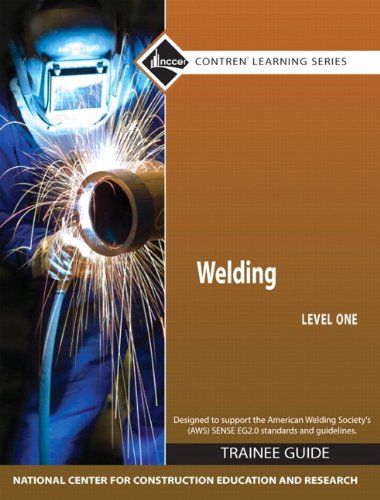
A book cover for Welding Level 1 Trainee Guide, Paperback (4th Edition) (Pearson Custom Library: Nccer Contrena(r) Learning); NCCER; Test Preparation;